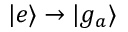
\mathinner { | { e } \rangle } \rightarrow \mathinner { | { g _ { a } } \rangle }